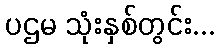
ပဌမ သုံးနှစ်တွင်း...